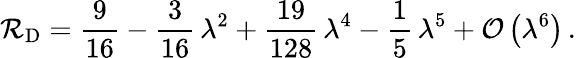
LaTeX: \mathcal{R}_{\mathrm{D}}=\frac{9}{16}-\frac{3}{16}\, \lambda^{2}+\frac{19}{128}\, \lambda^{4}-\frac{1}{5}\, \lambda^{5}+\mathcal{O}\left(\lambda^{6}\right)\, .